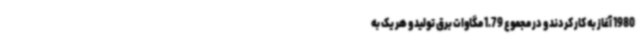
1980 آغاز به کار کردند و در مجموع 1.79 مگاوات برق تولید و هر یک به